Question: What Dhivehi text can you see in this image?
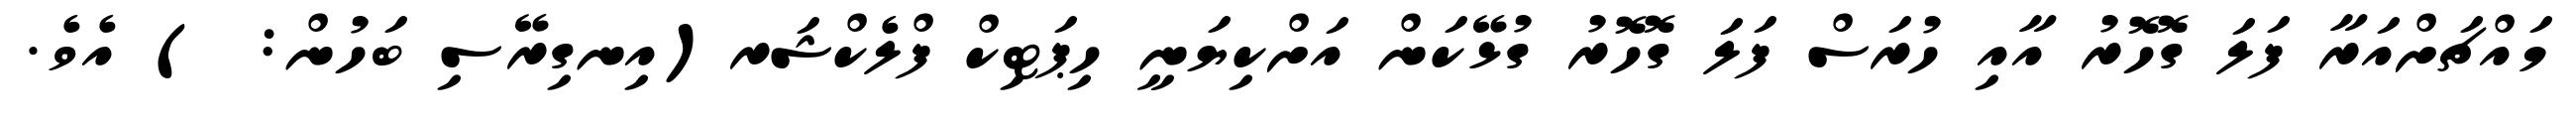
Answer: މައްޗަށްއަރާ ފަލަ ގޮހޮރު އާއި ހުރަސް ފަލަ ގޮހޮރު ގުޅޭކަން އަށްކިޔަނީ ހިޕަޓިކް ފްލެކްޝަރ(އިނގިރޭސި ބަހުން: ) އެވެ.